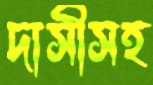
দাসীসহ